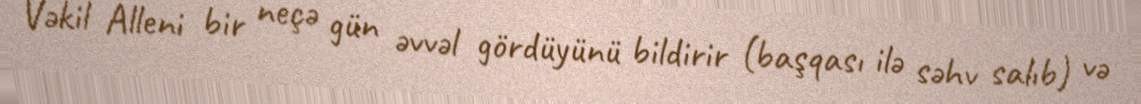
Vəkil Alleni bir neçə gün əvvəl gördüyünü bildirir (başqası ilə səhv salıb) və